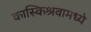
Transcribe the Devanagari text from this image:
कास्किश्रवामध्ये